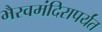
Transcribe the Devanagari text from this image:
भैरवमंदिरापर्यंत